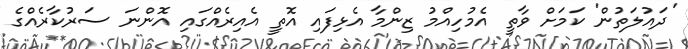
'ދައުލަތުން' ކަމަށް ވާތީ އެމުހިއްމު ޒިންމާ އެޅިފައި އޮތީ އެއިރެއްގައި އޮންނަ ސަރުކާރެއްގެ